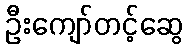
ဦးကျော်တင့်ဆွေ